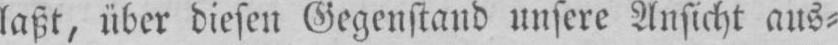
laßt, über diesen Gegenstand unsere Ansicht aus⸗